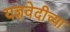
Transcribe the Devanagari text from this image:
यज्ञवेदीच्या